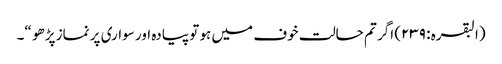
(البقرہ : ٢٣٩) اگر تم حالت خوف میں ہو تو پیادہ اور سواری پر نماز پڑھو “۔